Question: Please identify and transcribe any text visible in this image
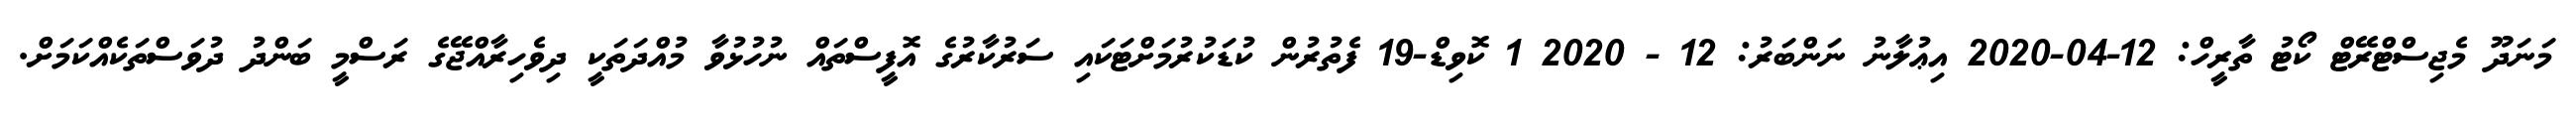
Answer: މަނަދޫ މެޖިސްޓްރޭޓް ކޯޓު ތާރީހް: 12-04-2020 އިޢުލާނު ނަންބަރު: 12 - 2020 1 ކޮވިޑް-19 ފެތުރުން ކުޑަކުރުމަށްޓަކައި ސަރުކާރުގެ އޮފީސްތައް ނުހުޅުވާ މުއްދަތަކީ ދިވެހިރާއްޖޭގެ ރަސްމީ ބަންދު ދުވަސްތަކެއްކަމަށް.